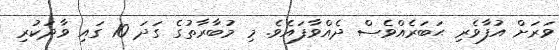
ވަރަށް އުފާވެރި ޙަބަރެއްވެސް ދެއްވާފައެވެ. މި މުބާރާތުގެ ގަދަ 10 ގައި ވާދަކުރި